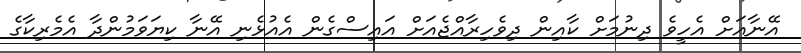
އޭނާއަށް އެހީވެ ދިނުމަށް ކާއިން ދިވެހިރާއްޖެއަށް އައިސްގެން އެއުޅެނި އޭނާ ކިޔަވަމުންދާ އެމެރިކާގެ